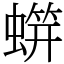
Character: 䗗